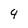
Character: 9